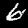
Label: 6